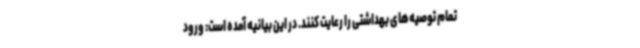
تمام توصیه‌های بهداشتی را رعایت کنند. در این بیانیه آمده است: ورود